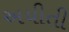
અયીતી